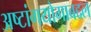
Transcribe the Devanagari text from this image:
अष्टांगयोगाबद्दल